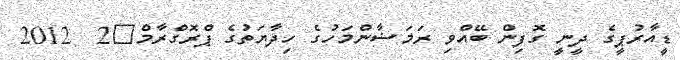
ޑީއާރުޕީގެ ދީނީ ގޮފިން ބޭއްވި ރަމަޟާންމަހުގެ ހިދާޔަތުގެ ޕްރޮގްރާމް	2  2012